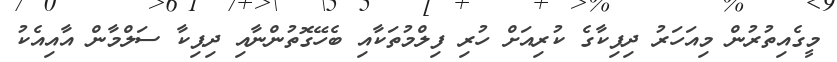
މީގެއިތުރުން މިއަހަރު ދިޕިކާގެ ކުރިއަށް ހުރި ފިލްމުތަކާއި ބެހޭގޮތުންނާއި ދިޕިކާ ސަލްމާން އާއިއެކު